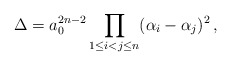
\begin{align*}\Delta = a_0^{2n-2}\prod_{1\le i < j \le n}(\alpha_i-\alpha_j)^2\, ,\end{align*}